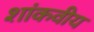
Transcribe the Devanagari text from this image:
शांकवीय